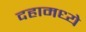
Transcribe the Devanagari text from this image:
दहामध्ये